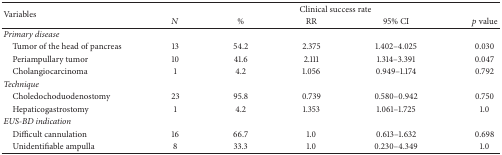
<table><thead><tr><td rowspan="2"><b>Variables</b></td><td colspan="5"><b>Clinical success rate</b></td></tr><tr><td><b><i>N</i></b></td><td><b>%</b></td><td><b>RR</b></td><td><b>95% CI</b></td><td><b><i>p</i> value</b></td></tr></thead><tbody><tr><td><i>Primary disease</i></td><td> </td><td> </td><td> </td><td> </td><td> </td></tr><tr><td> Tumor of the head of pancreas</td><td>13</td><td>54.2</td><td>2.375</td><td>1.402–4.025</td><td>0.030</td></tr><tr><td> Periampullary tumor</td><td>10</td><td>41.6</td><td>2.111</td><td>1.314–3.391</td><td>0.047</td></tr><tr><td> Cholangiocarcinoma</td><td>1</td><td>4.2</td><td>1.056</td><td>0.949–1.174</td><td>0.792</td></tr><tr><td><i>Technique</i></td><td> </td><td> </td><td> </td><td> </td><td> </td></tr><tr><td> Choledochoduodenostomy</td><td>23</td><td>95.8</td><td>0.739</td><td>0.580–0.942</td><td>0.750</td></tr><tr><td> Hepaticogastrostomy</td><td>1</td><td>4.2</td><td>1.353</td><td>1.061–1.725</td><td>1.0</td></tr><tr><td><i>EUS-BD indication</i></td><td> </td><td> </td><td> </td><td> </td><td> </td></tr><tr><td> Difficult cannulation</td><td>16</td><td>66.7</td><td>1.0</td><td>0.613–1.632</td><td>0.698</td></tr><tr><td> Unidentifiable ampulla</td><td>8</td><td>33.3</td><td>1.0</td><td>0.230–4.349</td><td>1.0</td></tr></tbody></table>